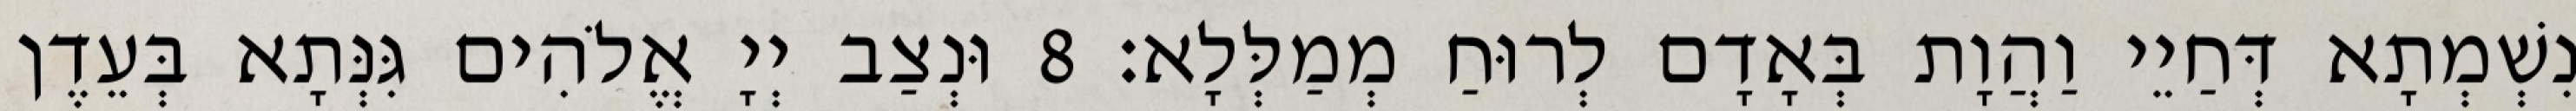
נִשְׁמְתָא דְּחַיֵי וַהֲוָת בְּאָדָם לְרוּחַ מְמַלְּלָא׃ 8 וּנְצַב יְיָ אֱלֹהִים גִּנְּתָא בְּעֵדֶן